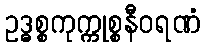
ဥဒ္ဓစ္စကုက္ကုစ္စနီဝရဏံ